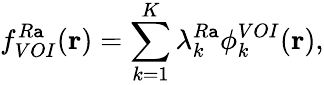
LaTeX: f_{VOI}^{R\mathtt{a}}(\mathbf{{r}})=\sum_{k=1}^{K}\lambda_{k}^{R\mathtt{a}}\phi_{k}^{VOI}(\mathbf{{r}}),